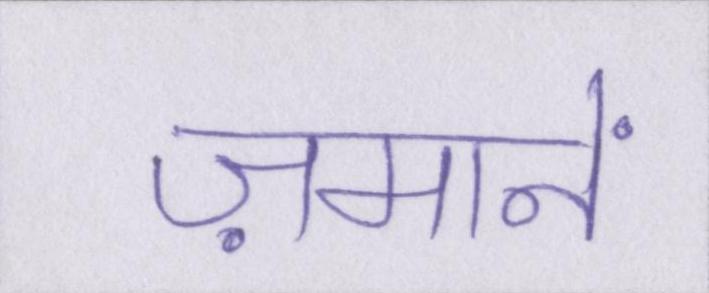
ज़मानें